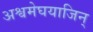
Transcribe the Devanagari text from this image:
अश्वमेघयाजिन्